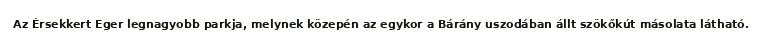
Az Érsekkert Eger legnagyobb parkja, melynek közepén az egykor a Bárány uszodában állt szökőkút másolata látható.